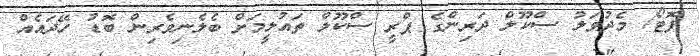
ފޮޓޯ/ މެދުވަލު ސްކޫލް ދަރިންގެ ޕްރީ ސްކޫލް ތައުލީމަށް ބެލެނިވެރިން ބޮޑު ހޭދައެއް